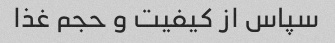
سپاس از کیفیت و حجم غذا